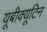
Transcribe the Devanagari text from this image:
यूबीक्यूटिन